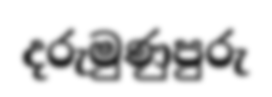
දරුමුණුපුරු